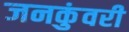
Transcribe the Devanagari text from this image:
जनकुंवरी